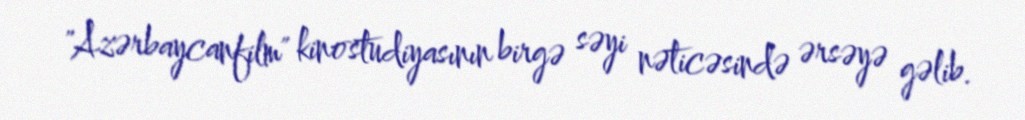
"Azərbaycanfilm" kinostudiyasının birgə səyi nəticəsində ərsəyə gəlib.